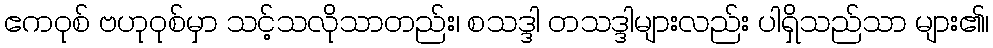
ဧကဝုစ် ဗဟုဝုစ်မှာ သင့်သလိုသာတည်း၊ စသဒ္ဒါ တသဒ္ဒါများလည်း ပါရှိသည်သာ များ၏၊